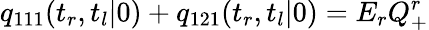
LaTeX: q_{111}(t_{r},t_{l}|0)+q_{121}(t_{r},t_{l}|0)=E_{r}Q_{+}^{r}